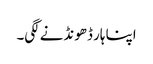
اپنا ہار ڈھونڈنے لگی۔